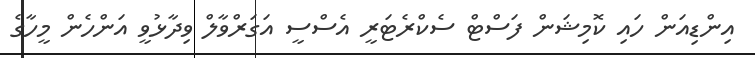
އިންޑިއަން ހައި ކޮމިޝަން ފަސްޓް ސެކްރެޓަރީ އެސްސީ އަގަރްވާލް ވިދާޅުވީ އަންހެން މީހާގެ